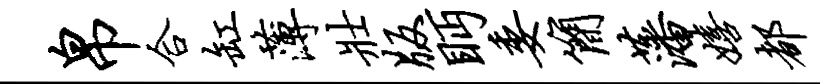
帛合缸薄壮版眄委简藩嬉都